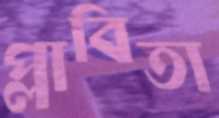
প্লাবিতা